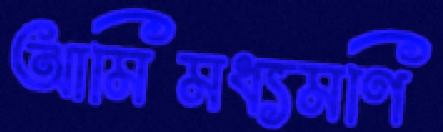
আমিমধ্যমণি